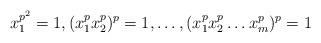
LaTeX: \begin{align*}x_1^{p^2}=1, (x_1^px_2^p)^p=1,\dots, (x_1^px_2^p\dots x_m^p)^p=1\end{align*}